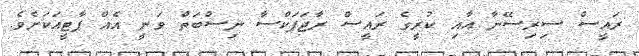
ރައީސް ސިރިސޭނާ އާއި ކުރީގެ ރައީސް ރާޖަޕަކްސާ ނިސްބަތް ވަނީ އެއް ޕާޓީއަކަށެވެ.